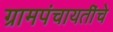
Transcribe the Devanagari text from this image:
ग्रामपंचायतींचे